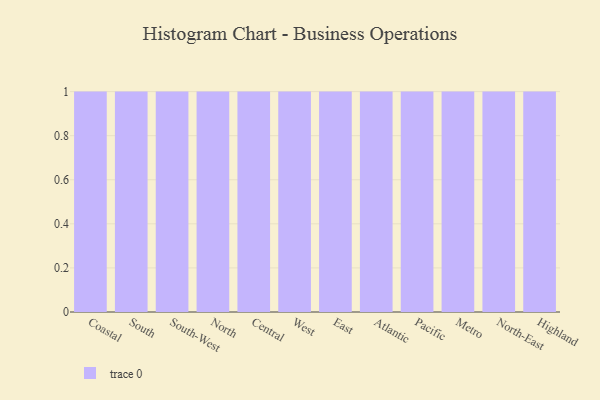
{"axis": {"x": "Region", "y": "Tickets Resolved"}, "legend": [""], "data": [{"x": "Coastal", "y": 91, "type": ""}, {"x": "South", "y": 24, "type": ""}, {"x": "South-West", "y": 14, "type": ""}, {"x": "North", "y": 98, "type": ""}, {"x": "Central", "y": 13, "type": ""}, {"x": "West", "y": 92, "type": ""}, {"x": "East", "y": 60, "type": ""}, {"x": "Atlantic", "y": 89, "type": ""}, {"x": "Pacific", "y": 55, "type": ""}, {"x": "Metro", "y": 33, "type": ""}, {"x": "North-East", "y": 92, "type": ""}, {"x": "Highland", "y": 54, "type": ""}]}